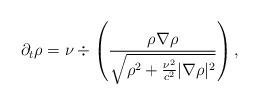
LaTeX: \begin{align*}\partial_t\rho=\nu\div\left(\frac{\rho\nabla \rho}{\sqrt{\rho^2+\frac{\nu^2}{c^2}|\nabla\rho|^2}}\right),\end{align*}